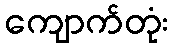
ကျောက်တုံး